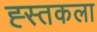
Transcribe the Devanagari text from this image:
ह्स्तकला